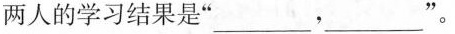
两人的学习结果是”___，___”。